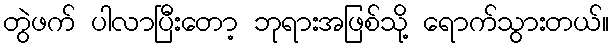
တွဲဖက် ပါလာပြီးတော့ ဘုရားအဖြစ်သို့ ရောက်သွားတယ်။